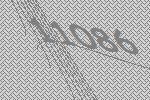
11086